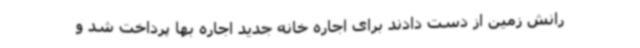
رانش زمین از دست دادند برای اجاره خانه جدید اجاره بها پرداخت شد و